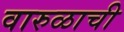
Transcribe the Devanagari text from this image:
वारुळाची